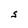
Character: S